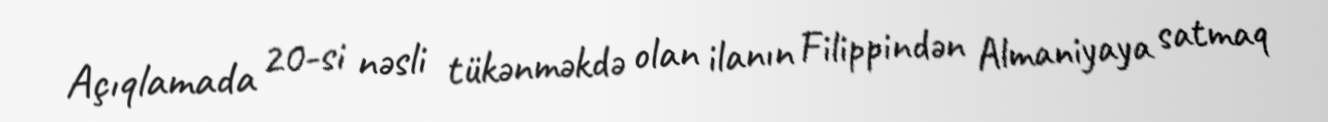
Açıqlamada 20-si nəsli tükənməkdə olan ilanın Filippindən Almaniyaya satmaq